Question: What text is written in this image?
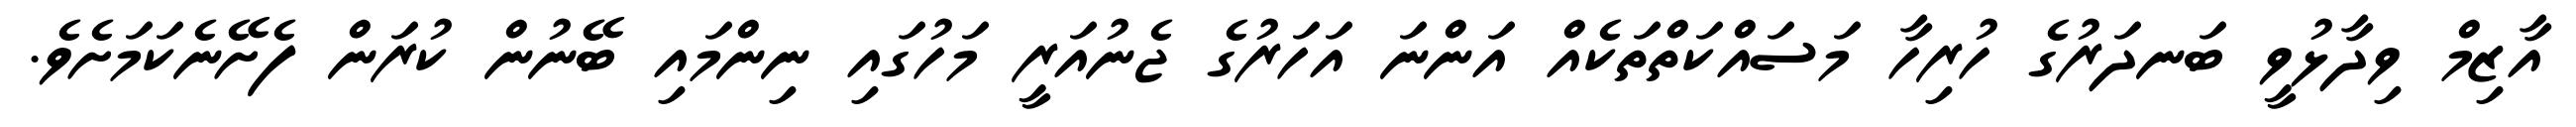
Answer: އާޒިމް ވިދާޅުވީ ބަނދަރުގެ ހުރިހާ މަސައްކަތްތަކެއް އަންނަ އަހަރުގެ ޖެނުއަރީ މަހުގައި ނިންމައި ބޭނުން ކުރަން ފެށޭނެކަމަށެވެ.